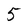
Character: 5